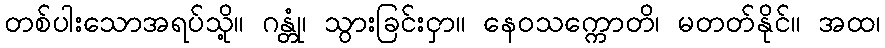
တစ်ပါးသောအရပ်သို့။ ဂန္တုံ၊ သွားခြင်းငှာ။ နေဝသက္ကောတိ၊ မတတ်နိုင်။ အထ၊